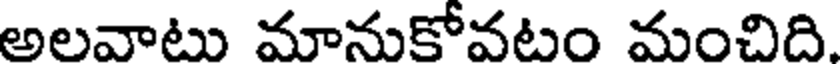
అలవాటు మానుకోవటం మంచిది.